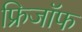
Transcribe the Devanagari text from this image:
फ्रिजॉफ